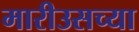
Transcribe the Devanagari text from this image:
मारीउसच्या